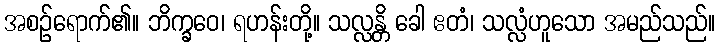
အစဉ်ရောက်၏။ ဘိက္ခဝေ၊ ရဟန်းတို့။ သလ္လန္တိ ခေါ ဧတံ၊ သလ္လံဟူသော အမည်သည်။